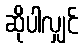
ဆိုပါလျှင်